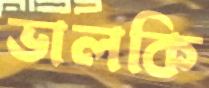
ভালকি